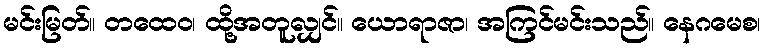
မင်းမြတ်။ တထေဝ၊ ထို့အတူလျှင်။ ယောရာဇာ၊ အကြင်မင်းသည်။ နေဂမေစ၊